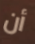
أن